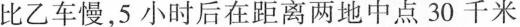
比乙车慢，5小时后在距离两地中点30千米